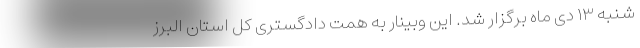
شنبه ۱۳ دی ماه برگزار شد. این وبینار به همت دادگستری کل استان البرز